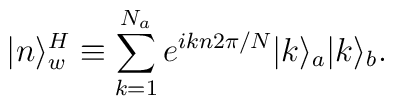
|n\rangle^H_w \equiv \sum_{k=1}^{N_a} e^{ikn2\pi/N}|k\rangle_a|k\rangle_b.